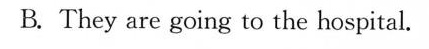
B. They are going to the hospital.